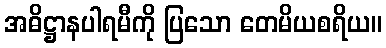
အဓိဋ္ဌာနပါရမီကို ပြသော တေမိယစရိယ။